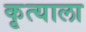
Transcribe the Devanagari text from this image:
कृत्याला